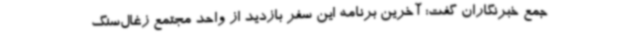
جمع خبرنگاران گفت: آخرین برنامه این سفر بازدید از واحد مجتمع زغال‌سنگ